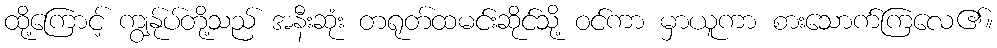
ထို့ကြောင့် ကျွန်ုပ်တို့သည် အနီးဆုံး တရုတ်ထမင်းဆိုင်သို့ ဝင်ကာ မှာယူကာ စားသောက်ကြလေ၏။